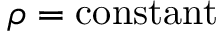
\rho = \mathrm { c o n s t a n t }